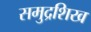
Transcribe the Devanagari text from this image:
समुद्रशिख